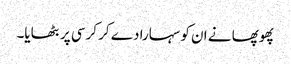
پھوپھا نے ان کو سہارا دے کر کرسی پر بٹھایا۔